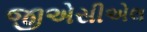
જીએસીએલ